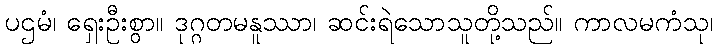
ပဌမံ၊ ရှေးဦးစွာ။ ဒုဂ္ဂတမနူဿာ၊ ဆင်းရဲသောသူတို့သည်။ ကာလမကံသု၊